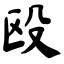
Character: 殴